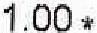
1.00 *